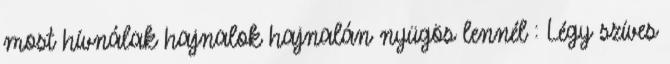
most hívnálak hajnalok hajnalán nyügös lennél : Légy szíves